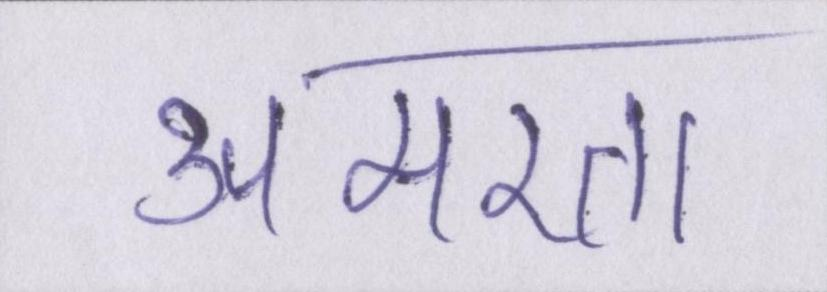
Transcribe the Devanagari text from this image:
अमरता